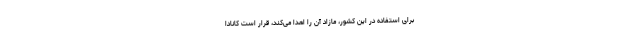
برای استفاده در این کشور، مازاد آن را اهدا می‌‌کند، قرار است کانادا